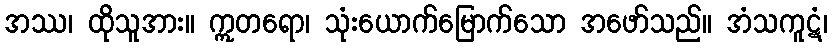
အဿ၊ ထိုသူအား။ ဣတရော၊ သုံးယောက်မြောက်သော အဖော်သည်။ အံသကူဋံ၊